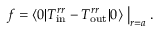
f = \langle 0 | T _ { \mathrm { i n } } ^ { r r } - T _ { \mathrm { o u t } } ^ { r r } | 0 \rangle \bigm | _ { r = a } .